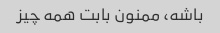
باشه، ممنون بابت همه چیز